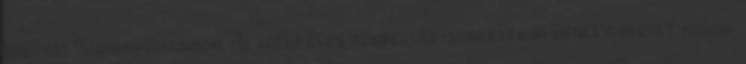
Mátyás Szakgimnáziumban. Az egész éves rendezvénysorozatban kiemelt helyet foglal